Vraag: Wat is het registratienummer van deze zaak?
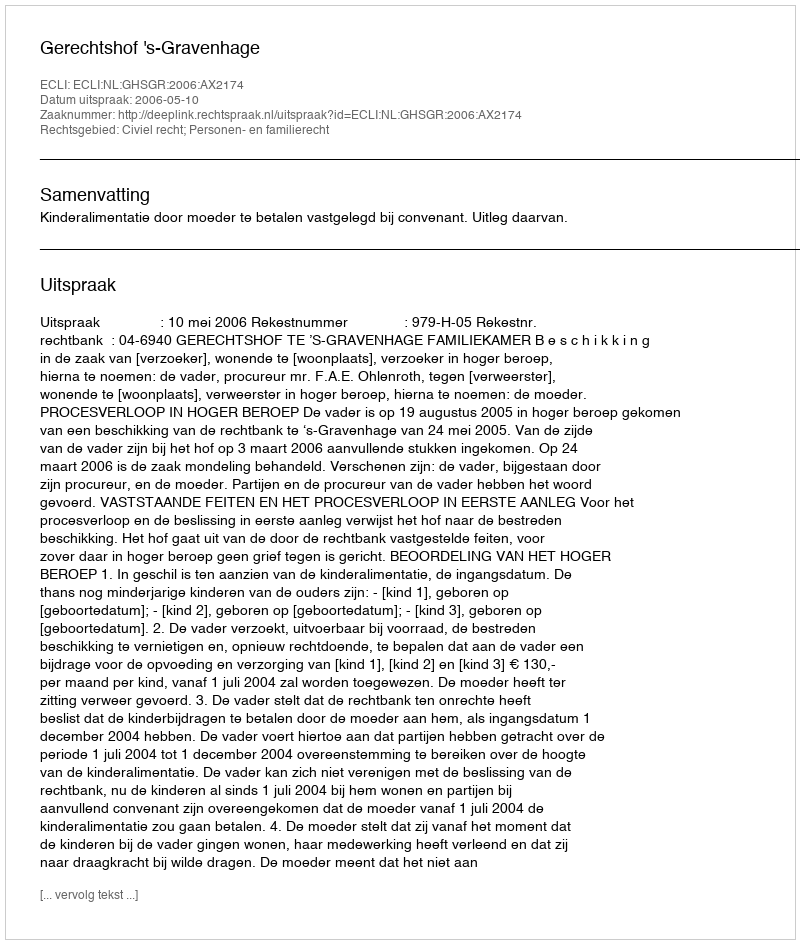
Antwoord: http://deeplink.rechtspraak.nl/uitspraak?id=ECLI:NL:GHSGR:2006:AX2174